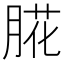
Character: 㬸